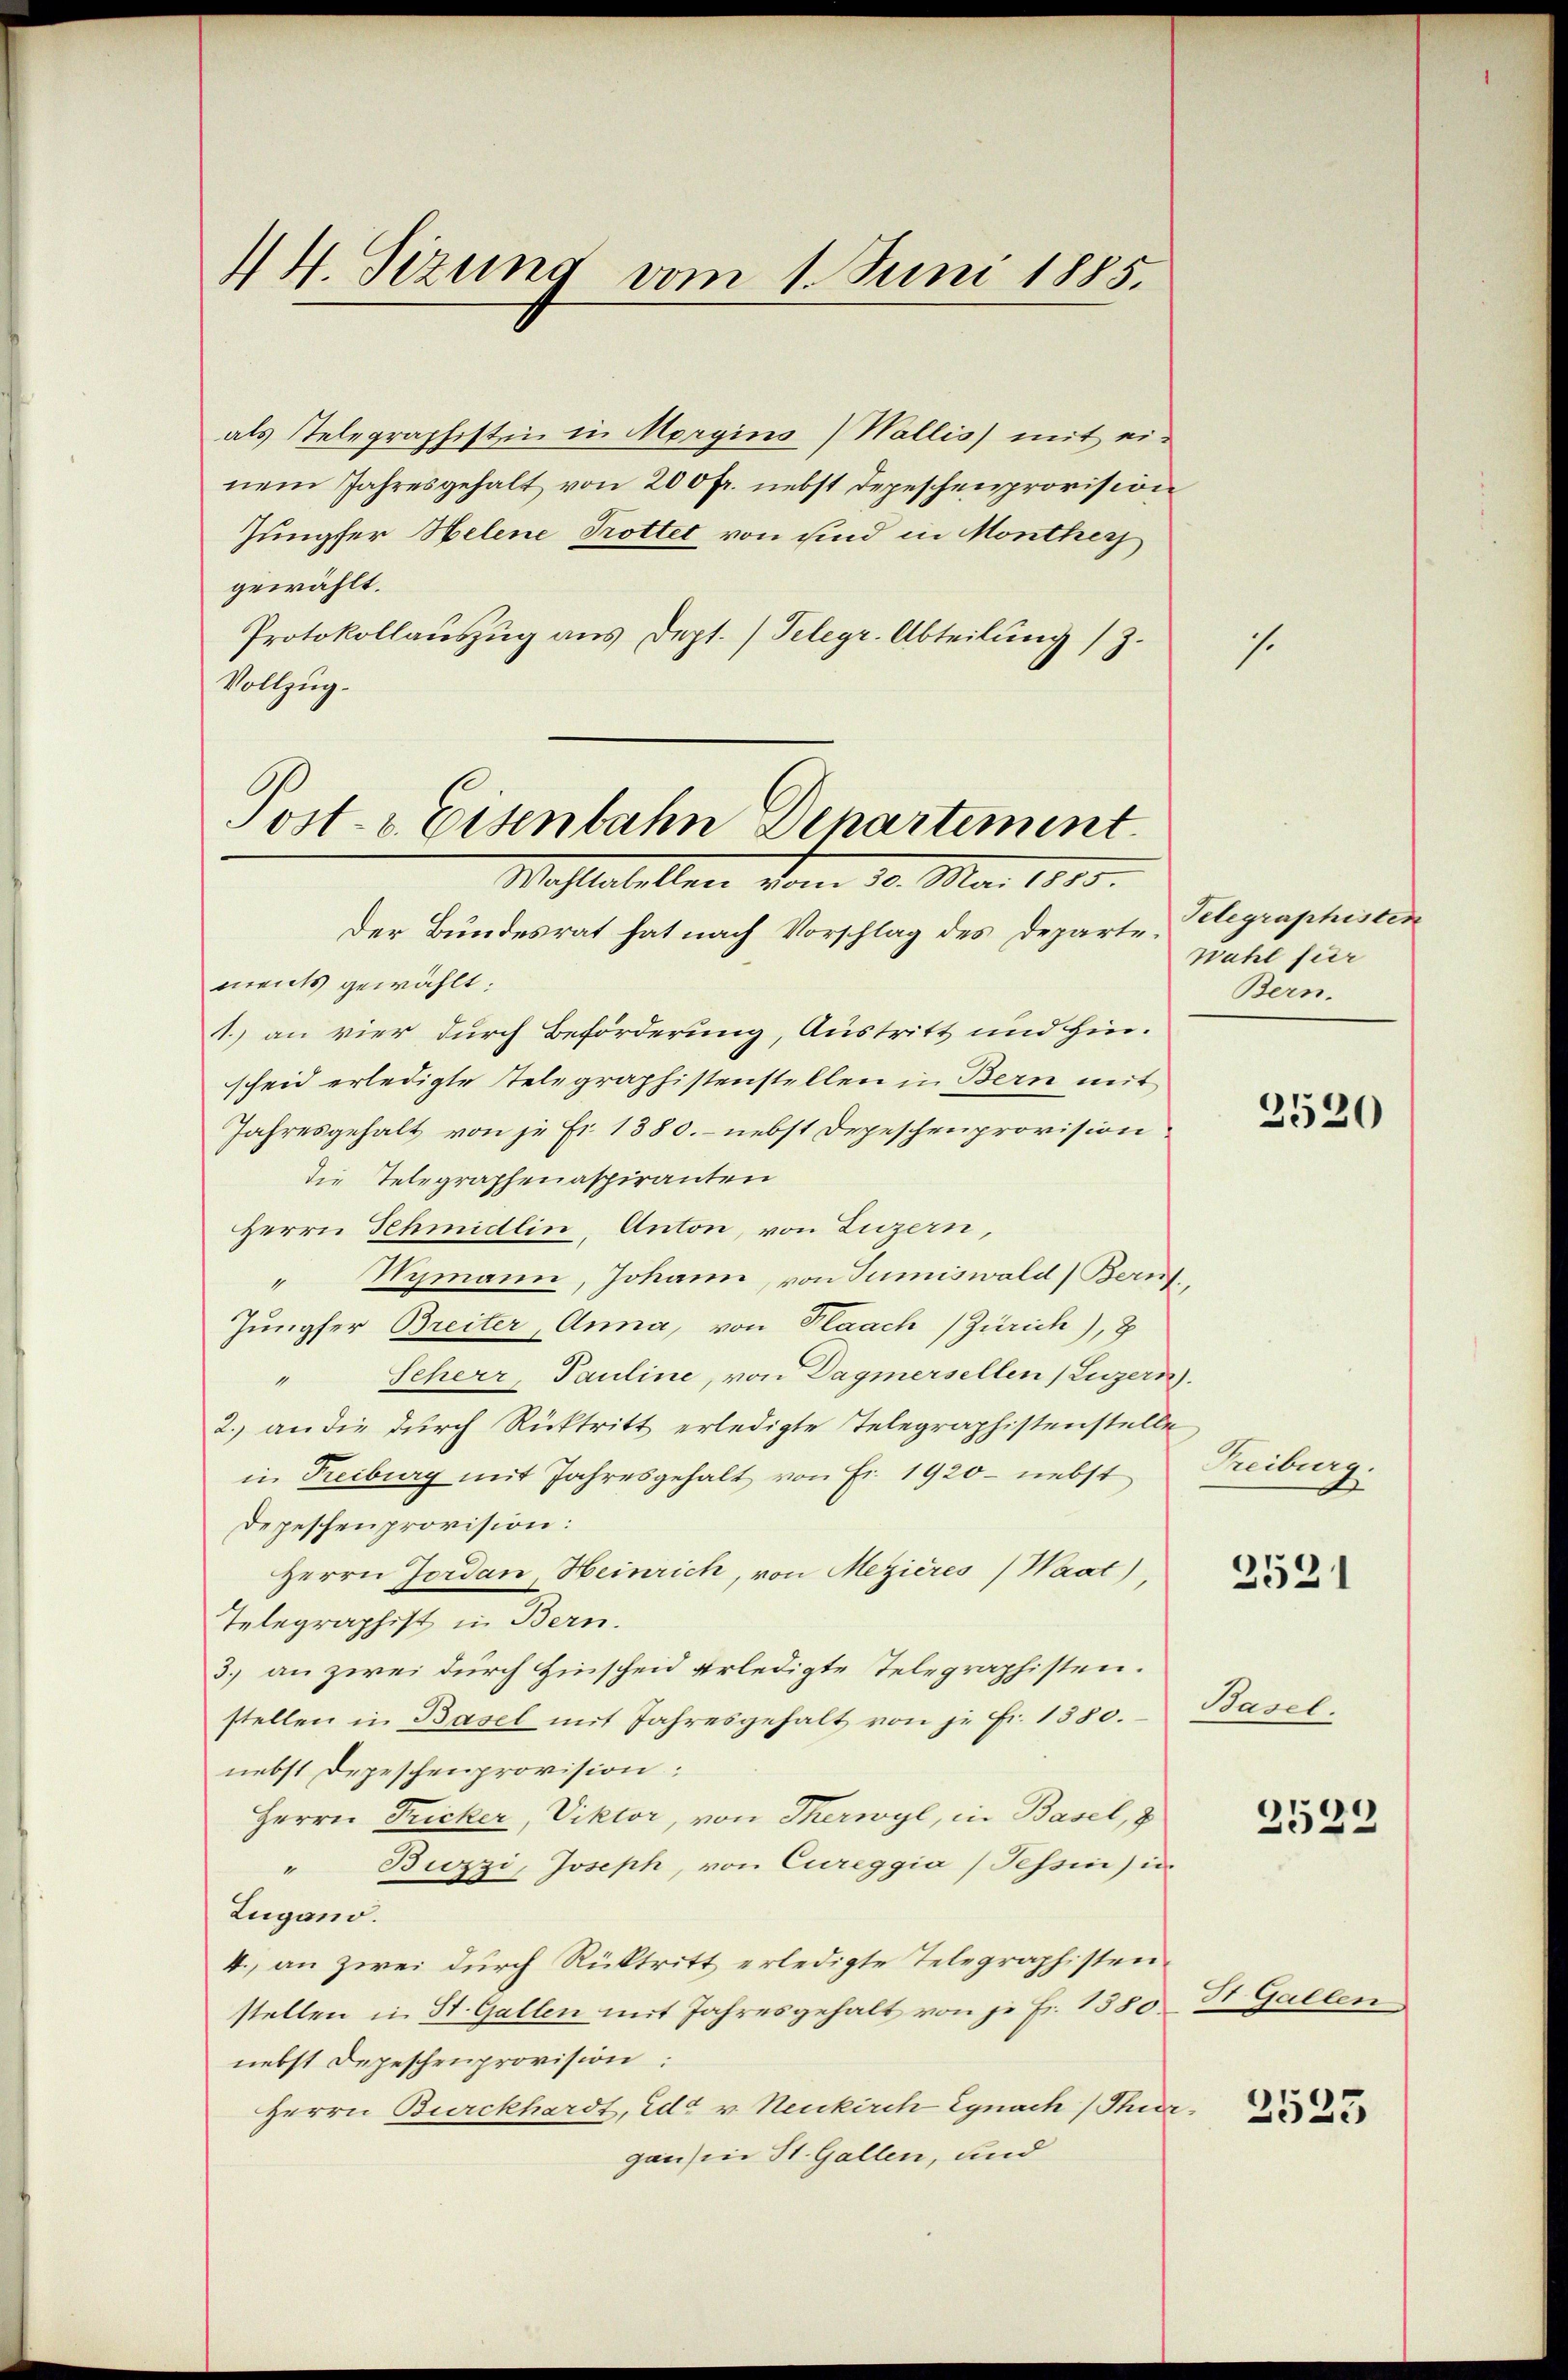
14. Sizung vom 1. Juni 1885.

als stelegraphistin in Morgins) Wallis) mit einem Jahresgehalt von 200 fr. nebst Depeschenprovision
Jungfer Helene Trottet von sind in Monthey
gewählt.
Protokollauszug aus Dept./Telegr. Abteilung (z.
Vollzug.

Post- & Eisenbahn Departement.
Mahlestellen vom 10. Mai 1885.

Der Bundesrat hat nach Vorschlag des Departements gewählt:
1. an vier durch Beförderung, Austritt und Hinscheid erledigte Telegraphistenstellen in Bern mit
Jahresgehalt von je Fr. 1380. - nebst Depeschenprovision
die Telegraphenaspiranten
Herrn Schmidlin, Anton, von Luzern,
Wymann, Johann, von Sumiswald (Bauf
Jungfer Breiter, Anna, von Plaach (Zürich), 8
" Scherr, Pauline, von Dagmersellen (Luzern.
2. an die dŭrch Rücktritt erledigte Telegraphistenstelle
in Freiburg mit Jahresgehalt von Fr. 1920 - nebst
Depeschenprovision:
Herrn Jordan, Heinrich, von Mezières (Waat),
Telegraphist in Bern.
3.) an zwei durch Hinscheid erledigte Telegraphisten.
stellen in Basel mit Jahresgehalt von je Fr. 1380.
nebst Depeschenprovision:
Herrn Fricker, Viktor, von Therwyl, in Basel,
" Buzzi, Joseph, von Cureggia (Tessin) u.
Zugano.
4. an zwei durch Rücktritt erledigte Telegraphisten
stellen in St. Gallen mit Jahresgehalt von je Fr. 1580. St. Gallen
nebst Depeschenprovision.
Herrn Burckhardt, Ed. v. Neukirch Egnach (Thierganzen St. Gallen, und

1

Telegraphisten
wahl für
Bern.

2520

Freiburg.
d

.
021

Basel.

2522

2523